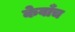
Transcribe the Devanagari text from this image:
केवाँच